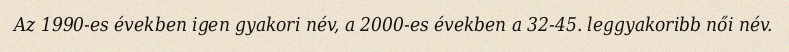
Az 1990-es években igen gyakori név, a 2000-es években a 32-45. leggyakoribb női név.